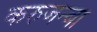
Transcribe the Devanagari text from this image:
करुजन्बा